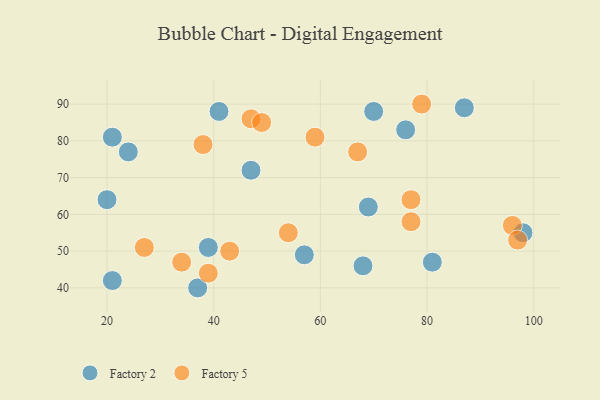
{"axis": {"x": "GDP", "y": "Life Expectancy"}, "legend": ["Factory 2", "Factory 5"], "data": [{"x": "39", "y": 51, "type": "Factory 2"}, {"x": "70", "y": 88, "type": "Factory 2"}, {"x": "21", "y": 42, "type": "Factory 2"}, {"x": "57", "y": 49, "type": "Factory 2"}, {"x": "24", "y": 77, "type": "Factory 2"}, {"x": "76", "y": 83, "type": "Factory 2"}, {"x": "81", "y": 47, "type": "Factory 2"}, {"x": "41", "y": 88, "type": "Factory 2"}, {"x": "47", "y": 72, "type": "Factory 2"}, {"x": "98", "y": 55, "type": "Factory 2"}, {"x": "37", "y": 40, "type": "Factory 2"}, {"x": "68", "y": 46, "type": "Factory 2"}, {"x": "69", "y": 62, "type": "Factory 2"}, {"x": "87", "y": 89, "type": "Factory 2"}, {"x": "21", "y": 81, "type": "Factory 2"}, {"x": "20", "y": 64, "type": "Factory 2"}, {"x": "67", "y": 77, "type": "Factory 5"}, {"x": "47", "y": 86, "type": "Factory 5"}, {"x": "77", "y": 64, "type": "Factory 5"}, {"x": "49", "y": 85, "type": "Factory 5"}, {"x": "39", "y": 44, "type": "Factory 5"}, {"x": "34", "y": 47, "type": "Factory 5"}, {"x": "79", "y": 90, "type": "Factory 5"}, {"x": "96", "y": 57, "type": "Factory 5"}, {"x": "59", "y": 81, "type": "Factory 5"}, {"x": "97", "y": 53, "type": "Factory 5"}, {"x": "27", "y": 51, "type": "Factory 5"}, {"x": "77", "y": 58, "type": "Factory 5"}, {"x": "43", "y": 50, "type": "Factory 5"}, {"x": "38", "y": 79, "type": "Factory 5"}, {"x": "54", "y": 55, "type": "Factory 5"}]}